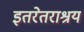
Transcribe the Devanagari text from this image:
इतरेतराश्रय